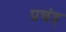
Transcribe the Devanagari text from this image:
प्रचंड्